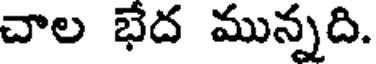
చాల భేద మున్నది.